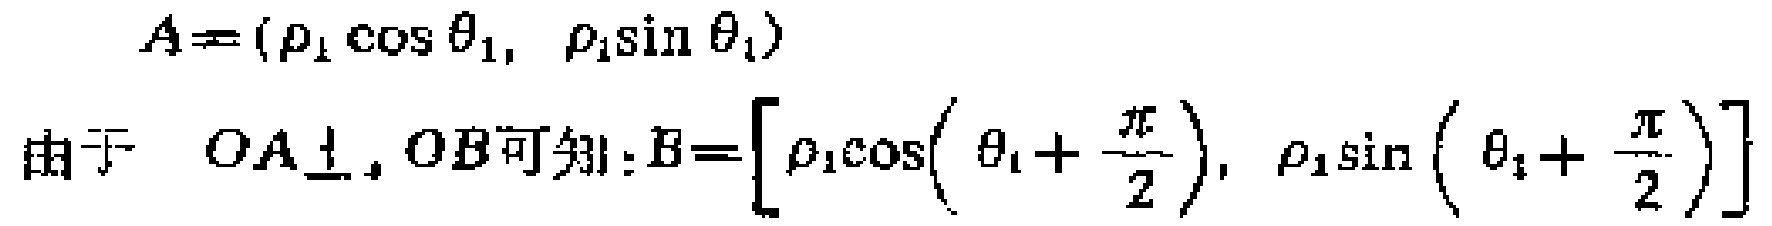
\[
A = (\rho_{1} \cos \theta_{1}, \rho_{1} \sin \theta_{1})
\]
由于 \( OA\perp OB \)可知：\(B=\left[\rho_{1} \cos \left(\theta_{1}+\frac{\pi}{2}\right), \rho_{1} \sin \left(\theta_{1}+\frac{\pi}{2}\right)\right]\)